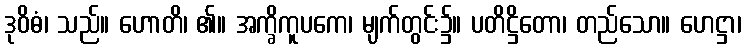
ဒုဝိဓံ၊ သည်။ ဟောတိ၊ ၏။ အက္ခိကူပကေ၊ မျက်တွင်း၌။ ပတိဋ္ဌိတော၊ တည်သော။ ဟေဋ္ဌာ၊